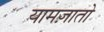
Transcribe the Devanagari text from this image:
यामज़ातो